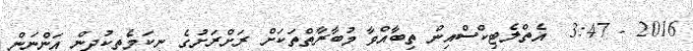
2016 - 3:47  އެތްލެޓިކްސްއިން ތިބާއްވާ މުބާރާތްތަކަށް ރަށްރަށުގެ ނިކަމެތިކުދިން އަންނަން